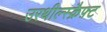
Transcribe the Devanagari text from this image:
उरथील्स्क्रैफ़्ट